Annual report of the Punjab Veterinary College and of the Civil Veterinary Department, Punjab - 1909-1919
Year: 1909
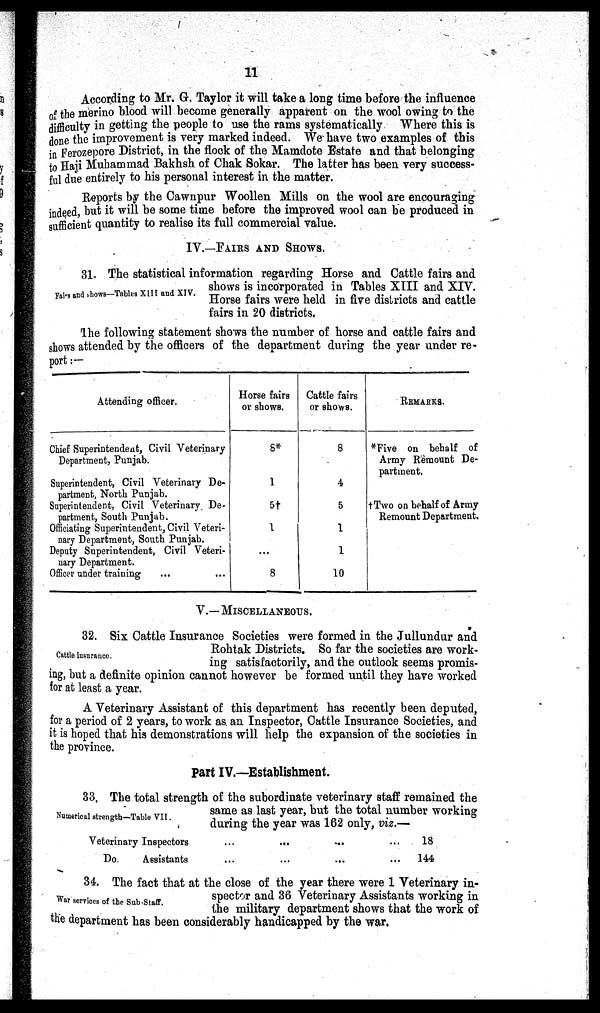
11
According to Mr. G. Taylor it will take a long time before the influence
of the merino blood will become generally apparent on the wool owing to the
difficulty in getting the people to use the rams systematically Where this is
done the improvement is very marked indeed. We have two examples of this
in Ferozepore District, in the flock of the Mamdote Estate and that belonging
to Haji Muhammad Bakhsh of Chak Sokar. The latter has been very success-
ful due entirely to his personal interest in the matter.
Reports by the Cawnpur Woollen Mills on the wool are encouraging
indeed, but it will be some time before the improved wool can be produced in
sufficient quantity to realise its full commercial value.
IV.—FAIRS AND SHOWS.
Fairs and shows—Tables XIII and XIV.
31. The statistical information regarding Horse and Cattle fairs and
shows is incorporated in Tables XIII and XIV.
Horse fairs were held in five districts and cattle
fairs in 20 districts.
The following statement shows the number of horse and cattle fairs and
shows attended by the officers of the department during the year under re-
port : —
Attending officer.
Chief Superintendent, Civil Veterinary
Department, Punjab.
Superintendent, Civil Veterinary De-
partment, North Punjab.
Superintendent, Civil Veterinary De-
partment, South Punjab.
Officiating Superintendent, Civil Veteri-
nary Department, South Punjab.
Deputy Superintendent, Civil Veteri-
nary Department.
Officer under training ... ...
Horse fairs
or shows.
8*
1
5†
1
...
8
Cattle fairs
or shows.
8
4
5
1
1
10
REMARKS.
*Five on behalf of
Army Remount De-
partment.
†Two on behalf of Army
Remount Department.
V.—MISCELLANEOUS.
Cattle insurance.
32.Six Cattle Insurance Societies were formed in the Jullundur and
Rohtak Districts. So far the societies are work-
ing satisfactorily, and the outlook seems promis-
ing, but a definite opinion cannot however be formed until they have worked
for at least a year.
A Veterinary Assistant of this department has recently been deputed,
for a period of 2 years, to work as an Inspector, Cattle Insurance Societies, and
it is hoped that his demonstrations will help the expansion of the societies in
the province.
Part IV.—Establishment.
Numerical strength—Table VII.
33.The total strength of the subordinate veterinary staff remained the
same as last year, but the total number working
during the year was 162 only, viz.—
Veterinary Inspectors ...
Do.
Assistants ...
...
...
...
...
... 18
... 144
War services of the Sub.Staff.
34.The fact that at the close of the year there were 1 Veterinary in-
spector and 36 Veterinary Assistants working in
the military department shows that the work of
the department has been considerably handicapped by the war.